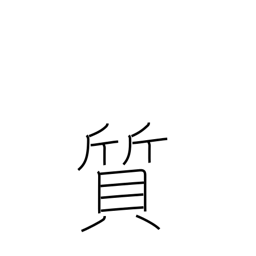
Meaning: substance